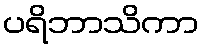
ပရိဘာသိကာ